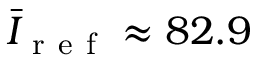
\bar { I } _ { \mathrm { ~ r ~ e ~ f ~ } } \approx 8 2 . 9